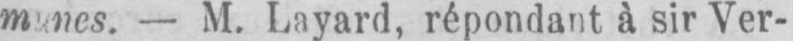
- M. Layard, répondant à sir Ver-